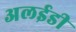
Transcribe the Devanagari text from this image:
अलईडी